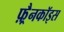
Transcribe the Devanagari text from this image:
फ़्रैनकॉइस